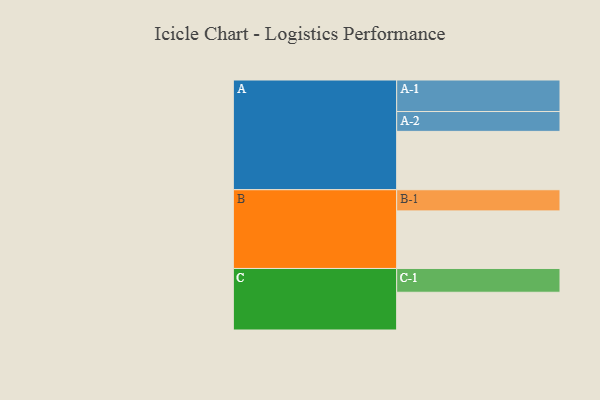
{"axis": {"x": "Segment", "y": "Value"}, "legend": ["", "A", "B", "C"], "data": [{"x": "A", "y": 535, "type": ""}, {"x": "B", "y": 528, "type": ""}, {"x": "C", "y": 346, "type": ""}, {"x": "A-1", "y": 289, "type": "A"}, {"x": "A-2", "y": 182, "type": "A"}, {"x": "B-1", "y": 194, "type": "B"}, {"x": "C-1", "y": 218, "type": "C"}]}